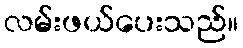
လမ်းဖယ်ပေးသည်။